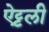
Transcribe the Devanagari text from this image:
ऐट्टली